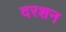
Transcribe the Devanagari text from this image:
दरशन